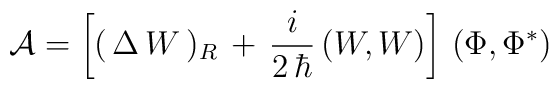
{\cal A}= \left[ (\,\Delta\,W\,)_{R} \,+\,\frac{i}{2\,\hbar}\,(W,W)\right]\,(\Phi,\Phi^{*})